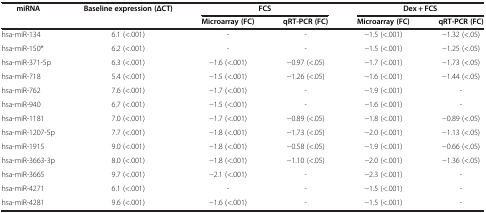
<table><thead><tr><td rowspan="2"><b>miRNA</b></td><td rowspan="2"><b>Baseline expression (ΔCT)</b></td><td colspan="2"><b>FCS</b></td><td colspan="2"><b>Dex + FCS</b></td></tr><tr><td><b>Microarray (FC)</b></td><td><b>qRT-PCR (FC)</b></td><td><b>Microarray (FC)</b></td><td><b>qRT-PCR (FC)</b></td></tr></thead><tbody><tr><td>hsa-miR-134</td><td>6.1 (&lt;.001)</td><td>-</td><td>-</td><td>−1.5 (&lt;.001)</td><td>−1.32 (&lt;.05)</td></tr><tr><td>hsa-miR-150*</td><td>6.2 (&lt;.001)</td><td>-</td><td>-</td><td>−1.5 (&lt;.001)</td><td>−1.25 (&lt;.05)</td></tr><tr><td>hsa-miR-371-5p</td><td>6.3 (&lt;.001)</td><td>−1.6 (&lt;.001)</td><td>−0.97 (&lt;.05)</td><td>−1.7 (&lt;.001)</td><td>−1.73 (&lt;.05)</td></tr><tr><td>hsa-miR-718</td><td>5.4 (&lt;.001)</td><td>−1.5 (&lt;.001)</td><td>−1.26 (&lt;.05)</td><td>−1.6 (&lt;.001)</td><td>−1.44 (&lt;.05)</td></tr><tr><td>hsa-miR-762</td><td>7.6 (&lt;.001)</td><td>−1.7 (&lt;.001)</td><td>-</td><td>−1.9 (&lt;.001)</td><td>-</td></tr><tr><td>hsa-miR-940</td><td>6.7 (&lt;.001)</td><td>−1.5 (&lt;.001)</td><td>-</td><td>−1.6 (&lt;.001)</td><td>-</td></tr><tr><td>hsa-miR-1181</td><td>7.0 (&lt;.001)</td><td>−1.7 (&lt;.001)</td><td>−0.89 (&lt;.05)</td><td>−1.8 (&lt;.001)</td><td>−0.89 (&lt;.05)</td></tr><tr><td>hsa-miR-1207-5p</td><td>7.7 (&lt;.001)</td><td>−1.8 (&lt;.001)</td><td>−1.73 (&lt;.05)</td><td>−2.0 (&lt;.001)</td><td>−1.13 (&lt;.05)</td></tr><tr><td>hsa-miR-1915</td><td>9.0 (&lt;.001)</td><td>−1.8 (&lt;.001)</td><td>−0.58 (&lt;.05)</td><td>−1.9 (&lt;.001)</td><td>−0.66 (&lt;.05)</td></tr><tr><td>hsa-miR-3663-3p</td><td>8.0 (&lt;.001)</td><td>−1.8 (&lt;.001)</td><td>−1.10 (&lt;.05)</td><td>−2.0 (&lt;.001)</td><td>−1.36 (&lt;.05)</td></tr><tr><td>hsa-miR-3665</td><td>9.7 (&lt;.001)</td><td>−2.1 (&lt;.001)</td><td>-</td><td>−2.3 (&lt;.001)</td><td>-</td></tr><tr><td>hsa-miR-4271</td><td>6.1 (&lt;.001)</td><td>-</td><td>-</td><td>−1.5 (&lt;.001)</td><td>-</td></tr><tr><td>hsa-miR-4281</td><td>9.6 (&lt;.001)</td><td>−1.6 (&lt;.001)</td><td>-</td><td>−1.5 (&lt;.001)</td><td>-</td></tr></tbody></table>